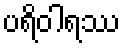
ပရိဝါရဿ